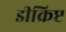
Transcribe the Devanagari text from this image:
डीक्रिप्ट